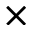
\times